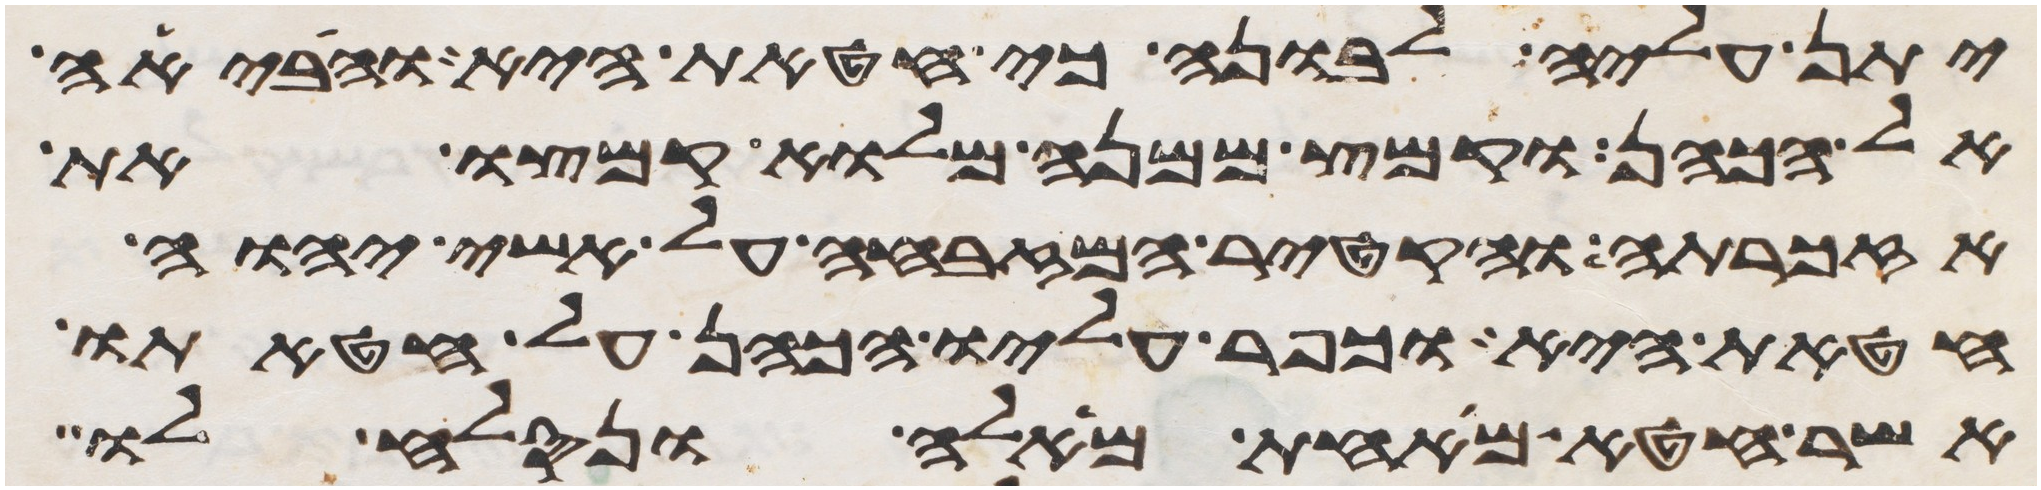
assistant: יתן עליה לבונה כי חטאת היא והביאה
אל הכהן וקמץ ממנה מלוא קמצו את
אזכרתה והקטיר המזבחה על אשי יהוה
חטאת היא וכפר עליו הכהן על חטאתו
אשר חטא מאחת מאלה ונסלח לו